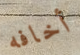
أخافه